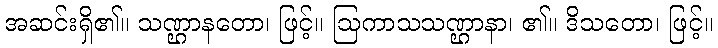
အဆင်းရှိ၏။ သဏ္ဌာနတော၊ ဖြင့်။ ဩကာသသဏ္ဌာနာ၊ ၏။ ဒိသတော၊ ဖြင့်။